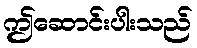
ဤဆောင်းပါးသည်